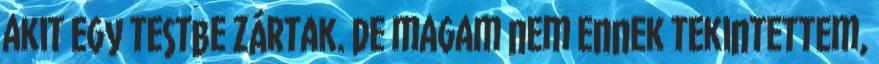
akit egy testbe zártak. De magam nem ennek tekintettem,